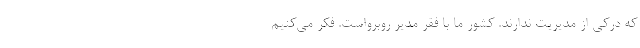
که درکی از مدیریت ندارند. کشور ما با فقر مدیر روبرواست. فکر می‌کنیم